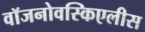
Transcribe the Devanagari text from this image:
वॉजनोवस्किएलीस